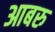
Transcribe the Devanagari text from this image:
आबरु